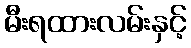
မီးရထားလမ်းနှင့်